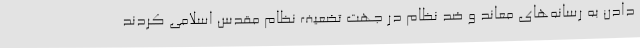
دادن به رسانه‌های معاند و ضد نظام در جهت تضعیف نظام مقدس اسلامی کردند